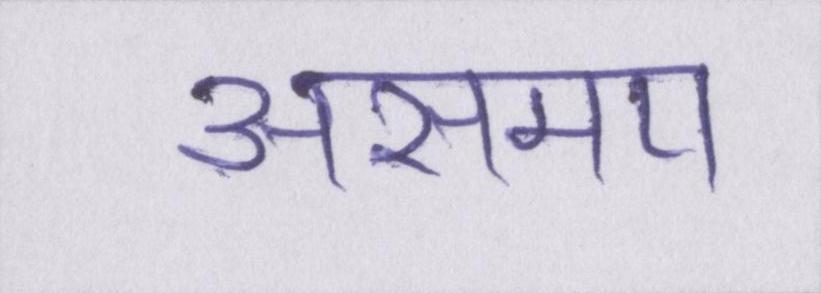
असमय